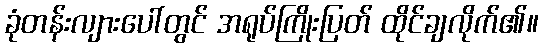
ခုံတန်းလျားပေါ်တွင် အရုပ်ကြိုးပြတ် ထိုင်ချလိုက်၏။